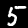
Digit: 5